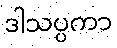
ဒါသပ္ပကာ